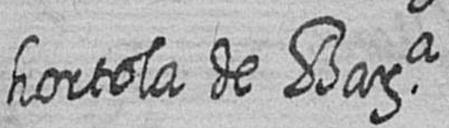
hortola de Bara